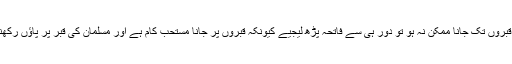
([4]) اگر دوسری قبر وں پر پاؤں رکھے بِغیر اپنے اَعِزہ و اَقرِبا کی قبروں تک جانا ممکن نہ ہو تو دُور ہی سے فاتِحہ پڑھ لیجیے کیونکہ قبروں پر جانا مستحب کام ہے اور مسلمان کی قبر پر پاؤں رکھنا حرام ، مستحب کام کے لیے حرام کام کی شریعت میں اجازت نہیں۔